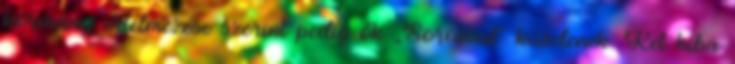
kormány értelmezése szerint pedig ők „Sorossal” küzdenek. Két hiba